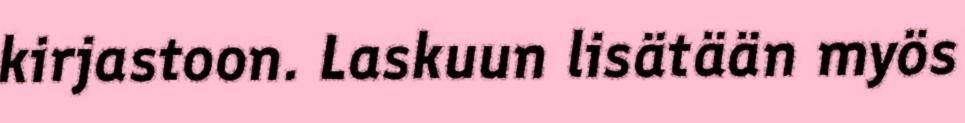
kirjastoon. Laskuun lisätään myös